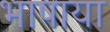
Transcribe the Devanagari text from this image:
भाषाया